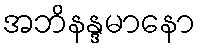
အဘိနန္ဒမာနော